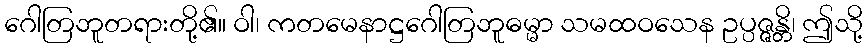
ဂေါတြဘူတရားတို့၏။ ဝါ၊ ကတမေနာဋ္ဌဂေါတြဘူဓမ္မာ သမထဝသေန ဥပ္ပဇ္ဇန္တိ၊ ဤသို့